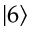
\lvert 6 \rangle